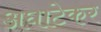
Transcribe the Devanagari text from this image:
अघाटेकर